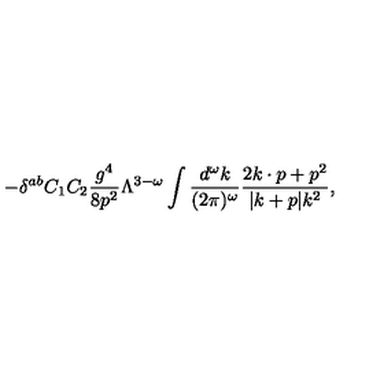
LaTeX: - \delta ^ { a b } C _ { 1 } C _ { 2 } { \frac { g ^ { 4 } } { 8 p ^ { 2 } } } \Lambda ^ { 3 - \omega } \int { \frac { d ^ { \omega } k } { ( 2 \pi ) ^ { \omega } } } { \frac { 2 k \cdot p + p ^ { 2 } } { | k + p | k ^ { 2 } } } ,